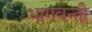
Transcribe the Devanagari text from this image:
भागवन्ती